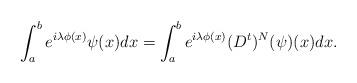
LaTeX: \begin{align*} \int_a^b e^{i\lambda \phi(x)}\psi(x)dx = \int_a^b e^{i\lambda \phi(x)} (D^t)^N(\psi)(x) dx.\end{align*}